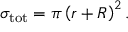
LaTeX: \sigma _ { \mathrm { t o t } } = \pi \left( r + R \right) ^ { 2 } .